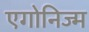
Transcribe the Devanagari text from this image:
एगोनिज्म